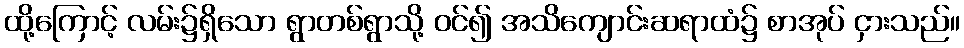
ထို့ကြောင့် လမ်း၌ရှိသော ရွာတစ်ရွာသို့ ဝင်၍ အသိကျောင်းဆရာထံ၌ စာအုပ် ငှားသည်။